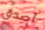
أصدق